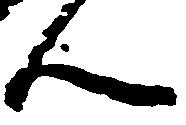
ん